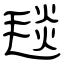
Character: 毯